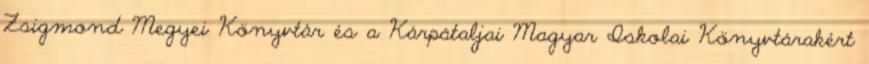
Zsigmond Megyei Könyvtár és a Kárpátaljai Magyar Iskolai Könyvtárakért